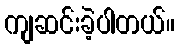
ကျဆင်းခဲ့ပါတယ်။